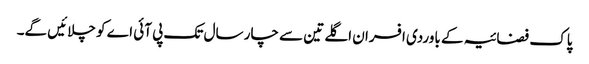
پاک فضائیہ کے باوردی افسران اگلے تین سے چار سال تک پی آئی اے کو چلائیں گے۔